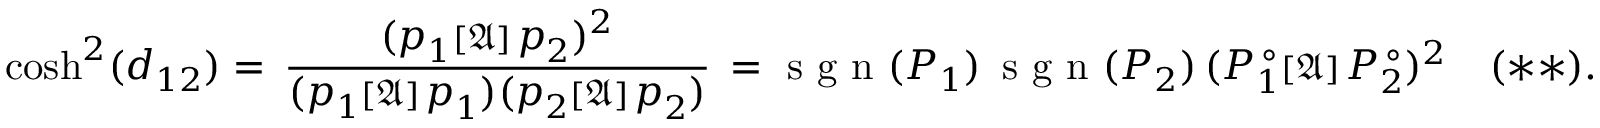
\displaystyle \cosh ^ { 2 } ( d _ { 1 2 } ) = \, \frac { ( \boldsymbol { p } _ { 1 } { \scriptstyle { [ \mathfrak { A } ] } \, } \boldsymbol { p } _ { 2 } ) ^ { 2 } } { ( { \boldsymbol { p } _ { 1 } { \scriptstyle { [ \mathfrak { A } ] } \, } \boldsymbol { p } _ { 1 } ) } ( { \boldsymbol { p } _ { 2 } { \scriptstyle { [ \mathfrak { A } ] } \, } \boldsymbol { p } _ { 2 } } ) } \, = \textrm { s g n } ( { P _ { 1 } } ) \, \textrm { s g n } ( { P _ { 2 } } ) \, ( P _ { 1 } ^ { \, \circ } { \scriptstyle { [ \mathfrak { A } ] } \, } P _ { 2 } ^ { \, \circ } ) ^ { 2 } \, \; \; \; ( * * ) .